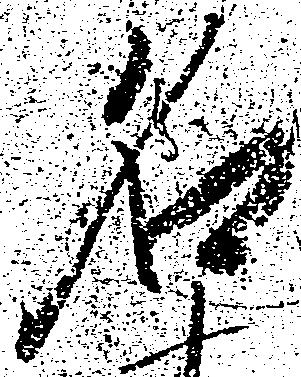
名